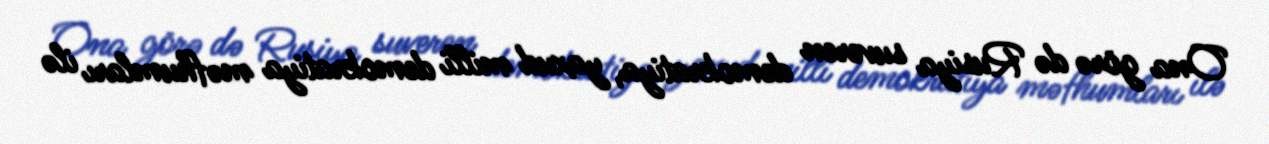
Ona görə də Rusiya suveren demokratiya, yaxud milli demokratiya məfhumları ilə